Burma Government Medical School reports 1923-41
Year: 1923
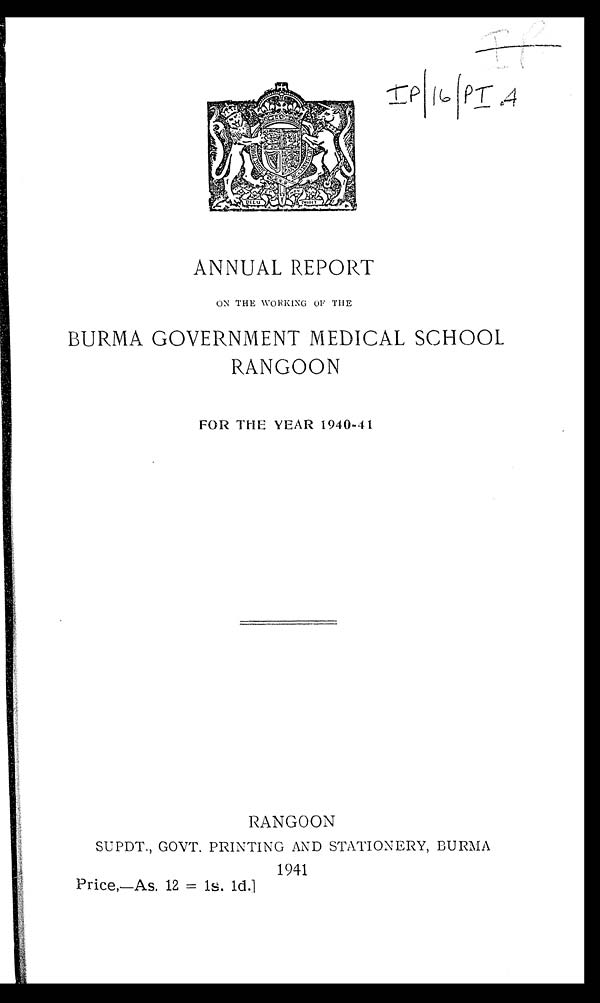
IP/1 6 / P I . 4
ANNUAL REPORT
ON THE WORKING OF THE
BURMA GOVERNMENT MEDICAL SCHOOL
RANGOON
FOR THE YEAR 1940-41
RANGOON
SUPDT., GOVT. PRINTING AND STATIONERY, BURMA
1941
Pr i ce, —As . 12 = 1s . 1d. ]